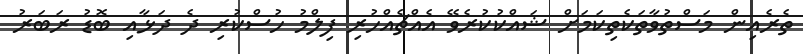
ތެރެއިން މަސްތުވާތަކެތިކަމަށް ޝައްކުކުރެވޭ އެއްޗެއްހުރި ފިލްމު ހުސްކުރި ދެ ދަޅާއި ބޮޑު ރަބަރު